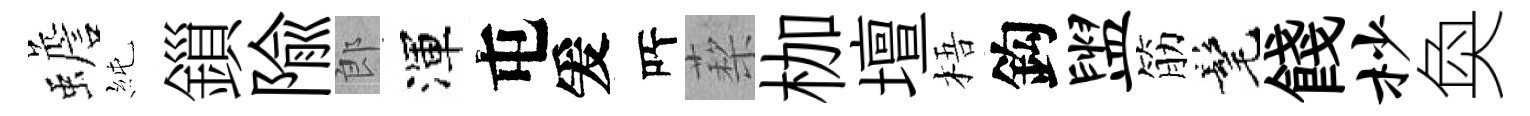
蟾純鎻隃郎渾屯爰𠩄蔾枷壇梧鈎盥筋髦餞杪奐